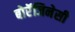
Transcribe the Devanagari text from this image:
बोरॅजिनेसी